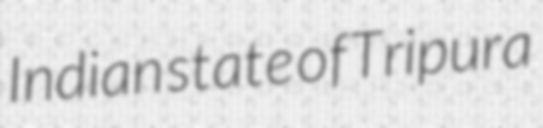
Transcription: Indian state of Tripura